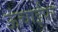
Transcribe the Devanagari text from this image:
ऊंचाईपर